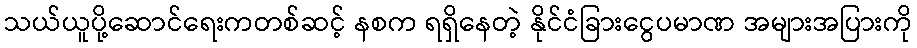
သယ်ယူပို့ဆောင်ရေးကတစ်ဆင့် နစက ရရှိနေတဲ့ နိုင်ငံခြားငွေပမာဏ အများအပြားကို